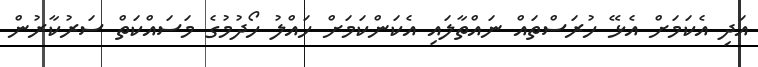
އަދި އެކަމަށް އެޅޭ ހުރަސްތައް ނައްތާލައި އެކަންކަމަށް ހައްލު ހޯދުމުގެ މަސައްކަތް ސަރުކާރުން